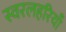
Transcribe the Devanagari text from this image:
स्वरलहरियाँ